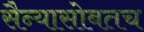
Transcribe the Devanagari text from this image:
सैन्यासोबतच